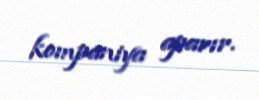
kompaniya aparır.